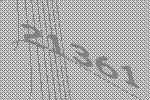
21361